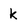
Character: k